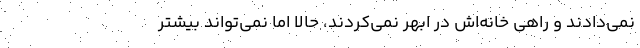
نمي‌دادند و راهي خانه‌اش در ابهر نمي‌كردند، حالا اما نمي‌تواند بيشتر